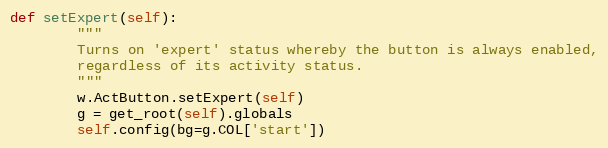
Language: Python
def setExpert(self):
        """
        Turns on 'expert' status whereby the button is always enabled,
        regardless of its activity status.
        """
        w.ActButton.setExpert(self)
        g = get_root(self).globals
        self.config(bg=g.COL['start'])